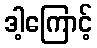
ဒါ့ကြောင့်